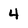
Character: 4